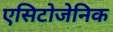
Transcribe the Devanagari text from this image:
एसिटोजेनिक